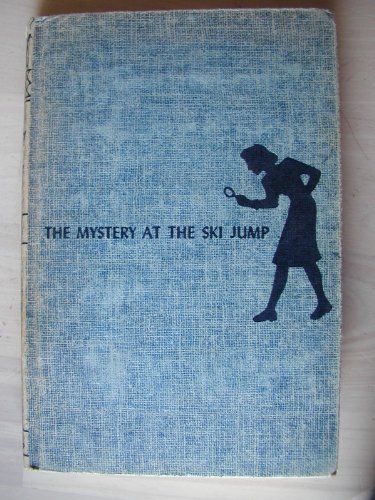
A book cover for Nancy Drew #29 The Mystery At The Ski Jump w/DJ 1952B-2 1st/2nd; Carolyn Keene; Crafts, Hobbies & Home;